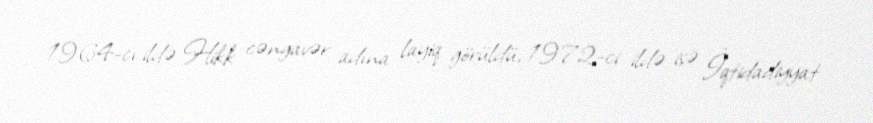
1964-cı ildə Hikk cəngavər adına layiq görüldü, 1972-ci ildə isə İqtidadiyyat